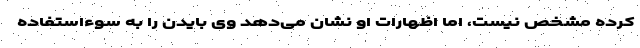
کرده مشخص نیست، اما اظهارات او نشان می‌دهد وی بایدن را به سوءاستفاده